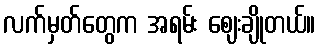
လက်မှတ်တွေက အရမ်း ဈေးချိုတယ်။